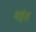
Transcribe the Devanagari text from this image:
बहंत